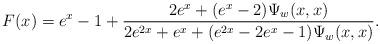
LaTeX: \begin{align*}F(x) = e^x - 1 + \frac{2e^{x} + (e^x - 2)\Psi_w(x, x)}{2e^{2x} + e^x + (e^{2x} - 2e^x - 1)\Psi_w(x, x)}.\end{align*}